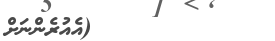
١٠٥         (އެއުރެންނަށް